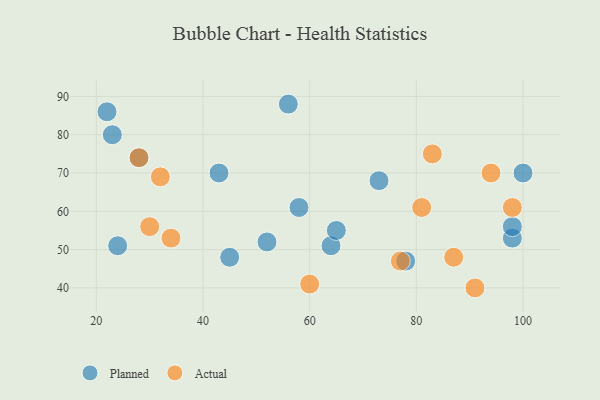
{"axis": {"x": "GDP", "y": "Life Expectancy"}, "legend": ["Actual", "Planned"], "data": [{"x": "100", "y": 70, "type": "Planned"}, {"x": "98", "y": 53, "type": "Planned"}, {"x": "24", "y": 51, "type": "Planned"}, {"x": "23", "y": 80, "type": "Planned"}, {"x": "78", "y": 47, "type": "Planned"}, {"x": "73", "y": 68, "type": "Planned"}, {"x": "28", "y": 74, "type": "Planned"}, {"x": "52", "y": 52, "type": "Planned"}, {"x": "98", "y": 56, "type": "Planned"}, {"x": "64", "y": 51, "type": "Planned"}, {"x": "56", "y": 88, "type": "Planned"}, {"x": "58", "y": 61, "type": "Planned"}, {"x": "45", "y": 48, "type": "Planned"}, {"x": "65", "y": 55, "type": "Planned"}, {"x": "22", "y": 86, "type": "Planned"}, {"x": "43", "y": 70, "type": "Planned"}, {"x": "98", "y": 61, "type": "Actual"}, {"x": "30", "y": 56, "type": "Actual"}, {"x": "83", "y": 75, "type": "Actual"}, {"x": "28", "y": 74, "type": "Actual"}, {"x": "32", "y": 69, "type": "Actual"}, {"x": "77", "y": 47, "type": "Actual"}, {"x": "91", "y": 40, "type": "Actual"}, {"x": "34", "y": 53, "type": "Actual"}, {"x": "87", "y": 48, "type": "Actual"}, {"x": "60", "y": 41, "type": "Actual"}, {"x": "94", "y": 70, "type": "Actual"}, {"x": "81", "y": 61, "type": "Actual"}]}